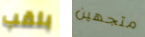
بلقب متجهين